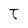
Character: t